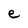
Character: e